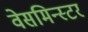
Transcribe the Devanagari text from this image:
वेसमिन्स्टर